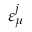
\boldsymbol \varepsilon _ { \mu } ^ { j }